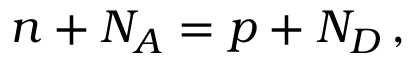
n + N _ { A } = p + N _ { D } \, ,